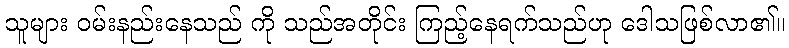
သူများ ဝမ်းနည်းနေသည် ကို သည်အတိုင်း ကြည့်နေရက်သည်ဟု ဒေါသဖြစ်လာ၏။